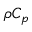
\rho C _ { p }